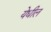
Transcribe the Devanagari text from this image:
येधील